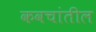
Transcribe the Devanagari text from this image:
कवचांतील